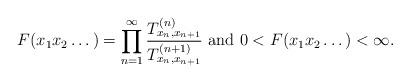
LaTeX: \begin{align*}F(x_1x_2\dots)=\prod_{n=1}^\infty\frac{T_{x_n,x_{n+1}}^{(n)}}{T_{x_n,x_{n+1}}^{(n+1)}}\mbox{ and }0<F(x_1x_2\dots)<\infty.\end{align*}